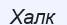
Халк